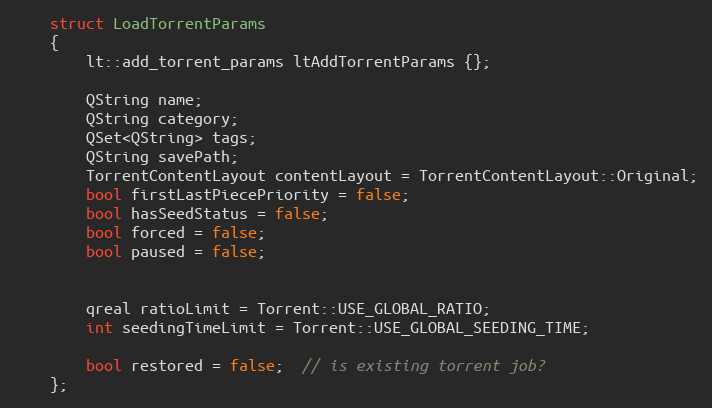
Language: C
    struct LoadTorrentParams
    {
        lt::add_torrent_params ltAddTorrentParams {};

        QString name;
        QString category;
        QSet<QString> tags;
        QString savePath;
        TorrentContentLayout contentLayout = TorrentContentLayout::Original;
        bool firstLastPiecePriority = false;
        bool hasSeedStatus = false;
        bool forced = false;
        bool paused = false;

        qreal ratioLimit = Torrent::USE_GLOBAL_RATIO;
        int seedingTimeLimit = Torrent::USE_GLOBAL_SEEDING_TIME;

        bool restored = false;  // is existing torrent job?
    };